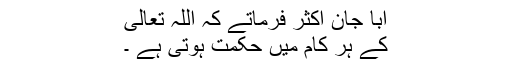
ابا جان اکثر فرماتے کہ اللہ تعالی
کے ہر کام میں حکمت ہوتی ہے ۔